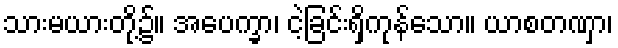
သားမယားတို့၌။ အပေက္ခာ၊ ငဲ့ခြင်းရှိကုန်သော။ ယာစတဏှာ၊